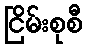
ငြိမ်းစုစီ